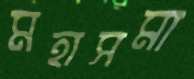
মহাসমা